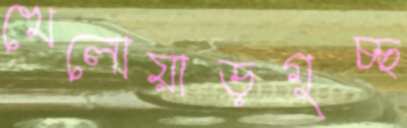
খেলোয়াড়গুচ্ছ